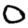
Digit: 0